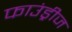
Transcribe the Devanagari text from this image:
फाउंड्रीज